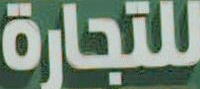
للتجارة